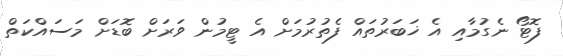
ފޮޓޯ ނެގުމާއި އެ ޚަބަރުތައް ފެތުރުމަށް އެ ޓީމުން ވަރަށް ބޮޑަށް މަސައްކަތް